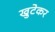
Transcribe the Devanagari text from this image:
खुटेकर